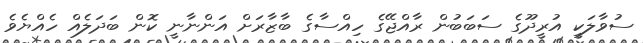
ސުވާލަކީ އުރީދޫގެ ސަބަބުން ރާއްޖޭގެ ހިއްސާގެ ބާޒާރަށް އަންނާނީ ކޮން ބަދަލެއް ހެއްޔެވެ